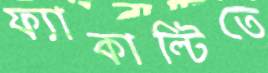
ফ্যাকাল্টিতে